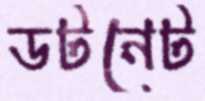
ডটনেট